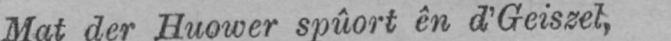
Mat der Huower spûort ên d’Geiszel,